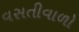
વસતીવાળો